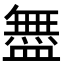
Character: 𬐳